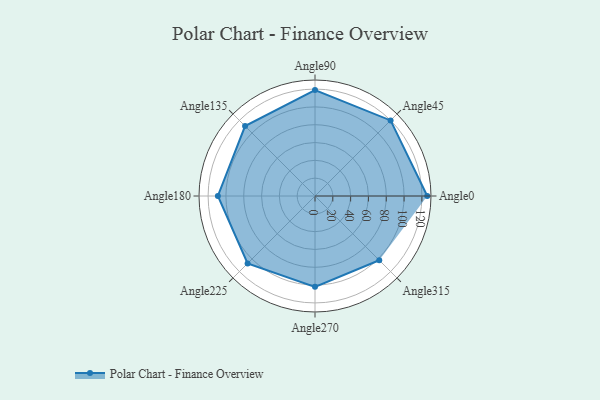
{"axis": {"x": "Angle", "y": "Radius"}, "legend": [""], "data": [{"x": "Angle0", "y": 126.0, "type": ""}, {"x": "Angle45", "y": 120.0, "type": ""}, {"x": "Angle90", "y": 119.0, "type": ""}, {"x": "Angle135", "y": 111.0, "type": ""}, {"x": "Angle180", "y": 109.0, "type": ""}, {"x": "Angle225", "y": 107.0, "type": ""}, {"x": "Angle270", "y": 102.0, "type": ""}, {"x": "Angle315", "y": 102.0, "type": ""}]}